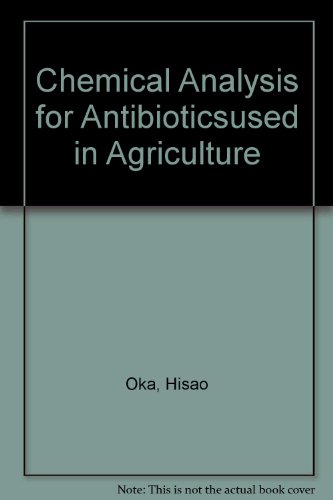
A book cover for Chemical Analysis for Antibiotics Used in Agriculture; Health, Fitness & Dieting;